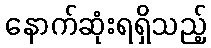
နောက်ဆုံးရရှိသည့်